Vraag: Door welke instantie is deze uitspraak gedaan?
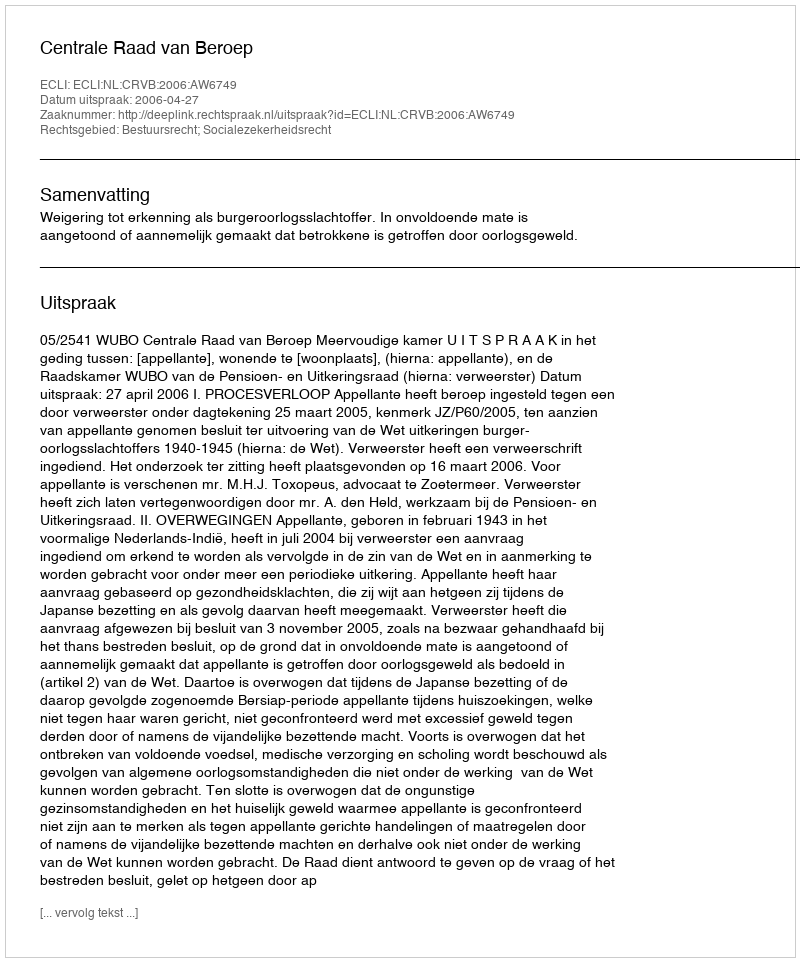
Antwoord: Centrale Raad van Beroep